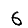
Digit: 6